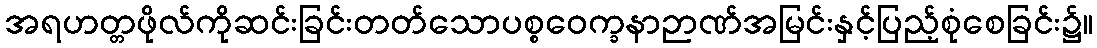
အရဟတ္တဖိုလ်ကိုဆင်းခြင်းတတ်သောပစ္စဝေက္ခနာဉာဏ်အမြင်းနှင့်ပြည့်စုံစေခြင်း၌။